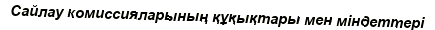
Сайлау комиссияларының құқықтары мен міндеттері